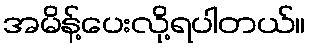
အမိန့်ပေးလို့ရပါတယ်။